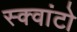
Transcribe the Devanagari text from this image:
स्क्वांटो